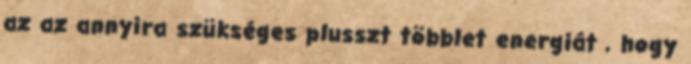
az az annyira szükséges plusszt többlet energiát , hogy